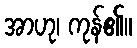
အာဟု၊ ကုန်၏။